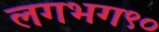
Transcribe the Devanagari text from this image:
लगभग९०